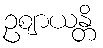
ဥဈာယန္တိ